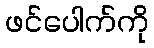
ဖင်ပေါက်ကို